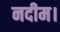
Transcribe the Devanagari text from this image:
नदीम।